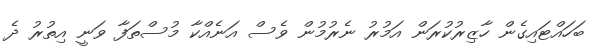
ބަހައްޓައިގެން ހާޒިރުކުރަން އަމުރު ނެރުމުން ވެސް އަނެއްކާ މުސްތަފާ ވަނީ އިތުރު ދެ